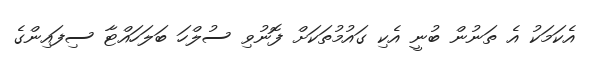
އެކަމަކު އެ ތަނުން ބުނީ އެކި ގައުމުތަކަށް ފޮނުވި ސުލްހަ ބަލަހައްޓާ ސިފައިންގެ